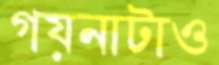
গয়নাটাও